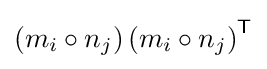
\left(m_{i}\circ n_{j}\right)\left(m_{i}\circ n_{j}\right)^{\textsf {T}}